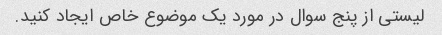
لیستی از پنج سوال در مورد یک موضوع خاص ایجاد کنید.